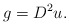
\begin{align*}g=D^2u.\end{align*}